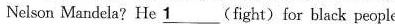
Nelson Mandela?He\underline{1}(fight) for black people